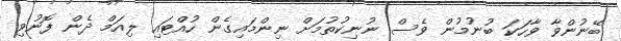
ބޭނުންވާ ވާހަކަ ބުނުމުން ވެސް ނުނިކުތުމަށް ނިންމައިގެން ހުއްޓައި ލިއަމް ދެން ފޮނުވި